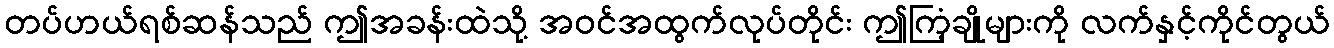
တပ်ဟယ်ရစ်ဆန်သည် ဤအခန်းထဲသို့ အဝင်အထွက်လုပ်တိုင်း ဤကြံ့ချိုများကို လက်နှင့်ကိုင်တွယ်